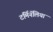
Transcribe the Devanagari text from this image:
टर्मिनॅलिया